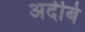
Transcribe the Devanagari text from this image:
अदीबे